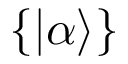
\{ \vert \alpha \rangle \}